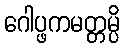
ဂေါပ္ဖကမတ္တမ္ပိ